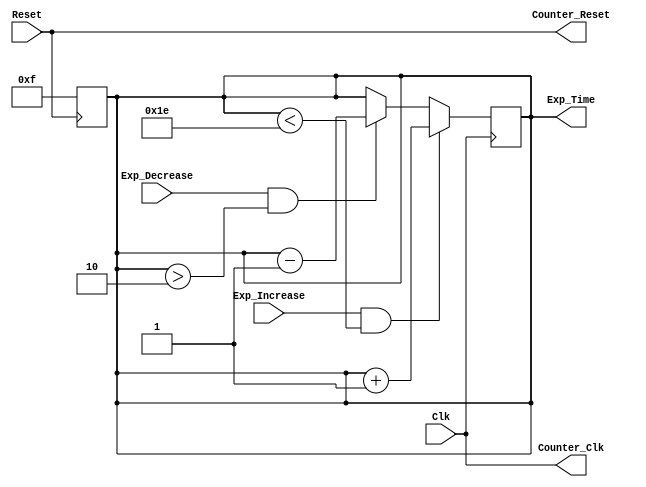
`ifdef _VCP
`else
`define library(a,b)
`endif


// ---------- Design Unit Header ---------- //
`timescale 1 ms / 100 us

module Ctrl_Ex_Time (Clk,Exp_Decrease,Exp_Increase,Reset,Counter_Clk,Counter_Reset,Exp_Time) ;

// ------------ Port declarations --------- //
input Clk;
wire Clk;
input Exp_Decrease;
wire Exp_Decrease;
input Exp_Increase;
wire Exp_Increase;
input Reset;
wire Reset;
output Counter_Clk;
wire Counter_Clk;
output Counter_Reset;
wire Counter_Reset;
output [4:0] Exp_Time;
reg [4:0] Exp_Time; // 5-bit register for storing value 2-30ms

// ----------- Signal declarations -------- //
wire NET21;
wire NET25;

// ----------- Terminals assignment --------//
//	       ---- Input terminals ---         //
assign NET21 = Clk;
assign NET25 = Reset;

//		   ---- Output terminals ---        //
assign Counter_Clk = NET21;
assign Counter_Reset = NET25;

// ----------- Logic ---------------------- // 

// Map clock and reset to timer 
assign Counter_Clk = Clk;			
assign Counter_Reset = Reset;

// Reset
always@(posedge Reset)	 
	Exp_Time <= 5'd15;  // Set exposure time to 15ms on reset 	
	
// Clock tick
always@(posedge Clk)
	begin		
		//----------------------------------------
		
		// Exposure increase
		if (Exp_Increase == 1 && Exp_Time < 30)		// Limit increase to 30ms
			Exp_Time <= Exp_Time + 1; 				// Add '1ms' to the register
			
		// Exposure decrease
		else if (Exp_Decrease == 1 && Exp_Time > 2) // Limit decrease to 2ms
			Exp_Time <= Exp_Time - 1; 				// Subtract '1ms' from the register	
		
		//----------------------------------------
	end
endmodule